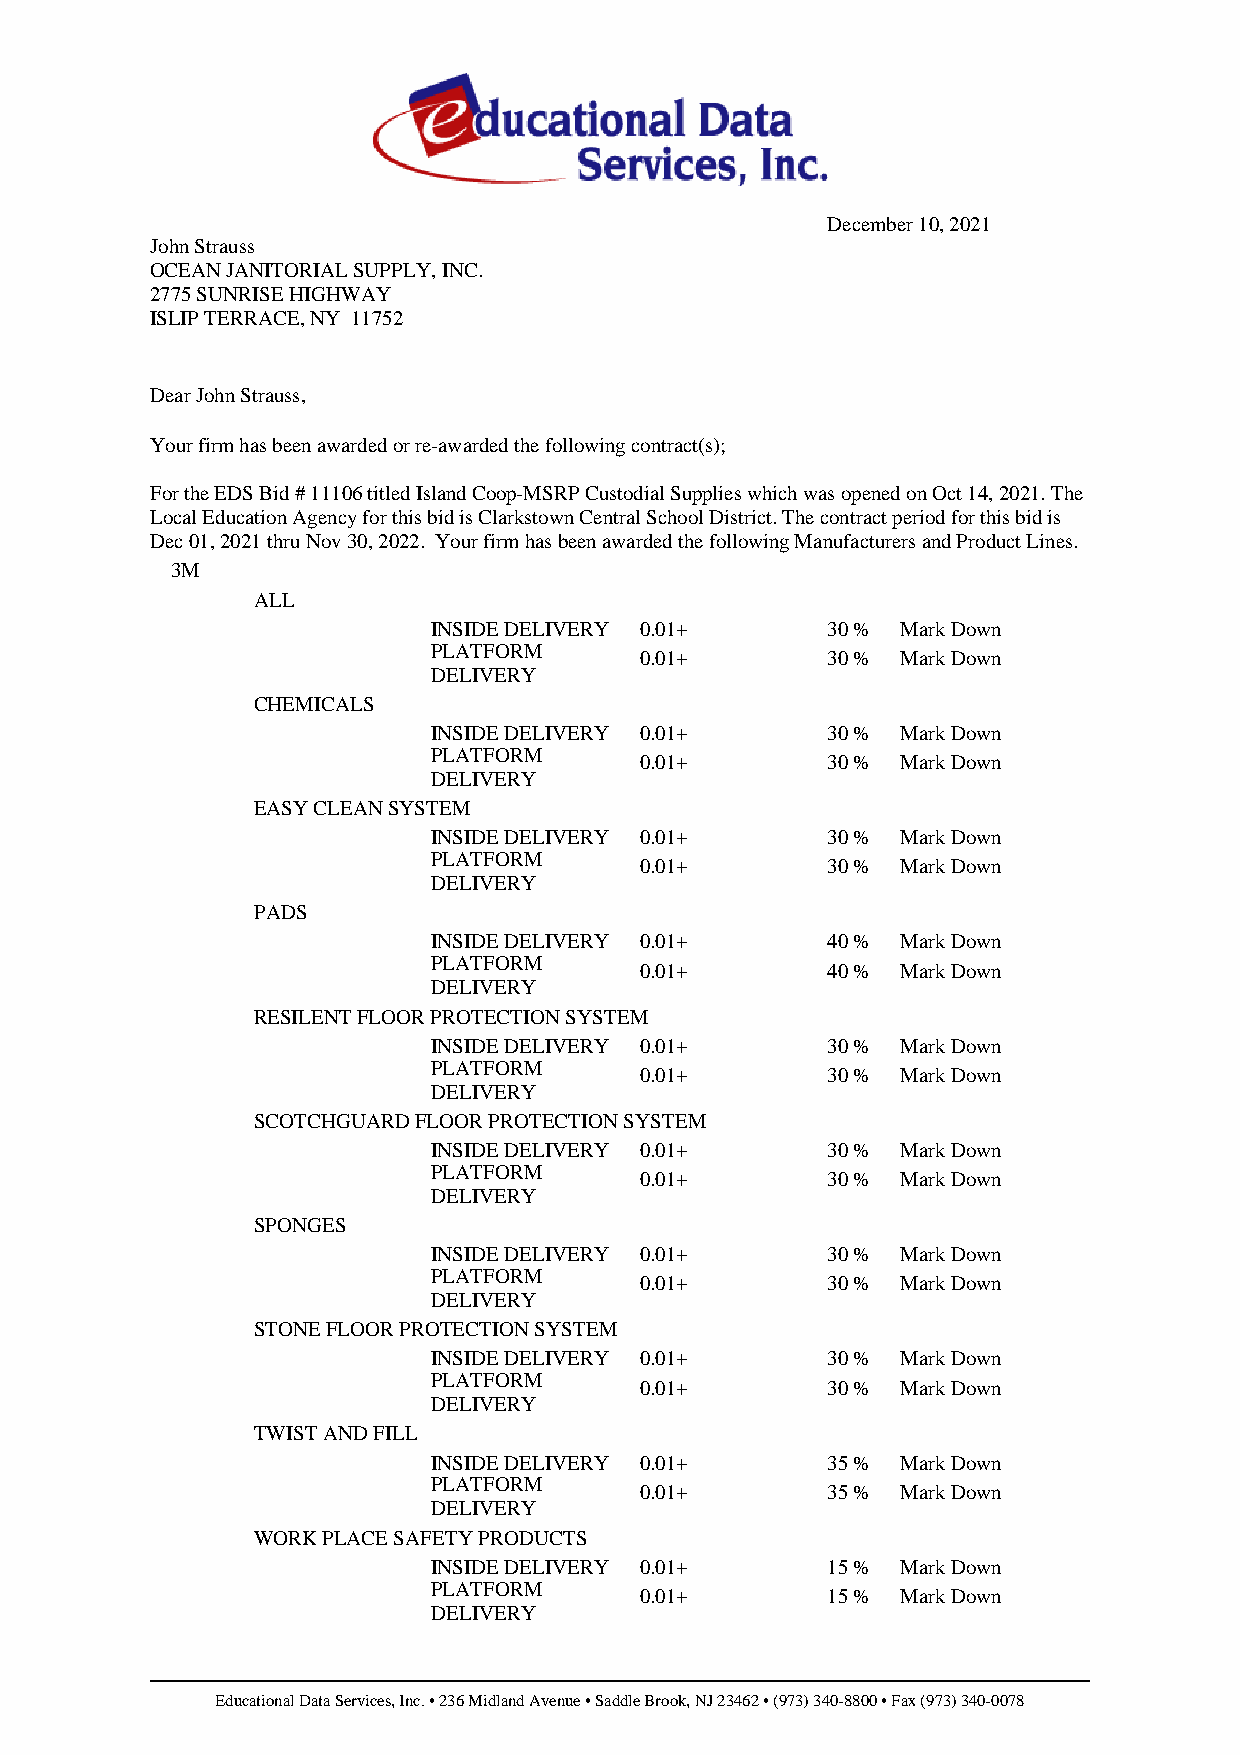
December 10, 2021
 John Strauss
 OCEAN JANITORIAL SUPPLY, INC.
 2775 SUNRISE HIGHWAY
 ISLIP TERRACE, NY 11752
 Dear John Strauss,
 Your firm has been awarded or re-awarded the following contract(s);
 For the EDS Bid # 11106 titled Island Coop-MSRP Custodial Supplies which was opened on Oct 14, 2021. The
 Local Education Agency for this bid is Clarkstown Central School District. The contract period for this bid is
 Dec 01, 2021 thru Nov 30, 2022. Your firm has been awarded the following Manufacturers and Product Lines.
 3M
 ALL
 INSIDE DELIVERY 0.01+     30 % Mark Down
 PLATFORM
 0.01+        30 % Mark Down
 DELIVERY
 CHEMICALS
 INSIDE DELIVERY 0.01+     30 % Mark Down
 PLATFORM
 0.01+        30 % Mark Down
 DELIVERY
 EASY CLEAN SYSTEM
 INSIDE DELIVERY 0.01+     30 % Mark Down
 PLATFORM
 0.01+        30 % Mark Down
 DELIVERY
 PADS
 INSIDE DELIVERY 0.01+     40 % Mark Down
 PLATFORM
 0.01+        40 % Mark Down
 DELIVERY
 RESILENT FLOOR PROTECTION SYSTEM
 INSIDE DELIVERY 0.01+     30 % Mark Down
 PLATFORM
 0.01+        30 % Mark Down
 DELIVERY
 SCOTCHGUARD FLOOR PROTECTION SYSTEM
 INSIDE DELIVERY 0.01+     30 % Mark Down
 PLATFORM
 0.01+        30 % Mark Down
 DELIVERY
 SPONGES
 INSIDE DELIVERY 0.01+     30 % Mark Down
 PLATFORM
 0.01+        30 % Mark Down
 DELIVERY
 STONE FLOOR PROTECTION SYSTEM
 INSIDE DELIVERY 0.01+     30 % Mark Down
 PLATFORM
 0.01+        30 % Mark Down
 DELIVERY
 TWIST AND FILL
 INSIDE DELIVERY 0.01+     35 % Mark Down
 PLATFORM
 0.01+        35 % Mark Down
 DELIVERY
 WORK PLACE SAFETY PRODUCTS
 INSIDE DELIVERY 0.01+     15 % Mark Down
 PLATFORM
 0.01+        15 % Mark Down
 DELIVERY
 Educational Data Services, Inc. • 236 Midland Avenue • Saddle Brook, NJ 23462 • (973) 340-8800 • Fax (973) 340-0078